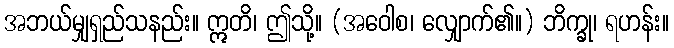
အဘယ်မျှရှည်သနည်း။ ဣတိ၊ ဤသို့။ (အဝေါစ၊ လျှောက်၏။) ဘိက္ခု၊ ရဟန်း။